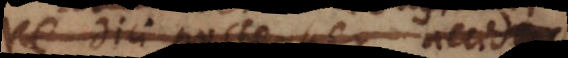
re dici posse per accidens